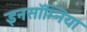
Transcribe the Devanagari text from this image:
इनसॉम्निया